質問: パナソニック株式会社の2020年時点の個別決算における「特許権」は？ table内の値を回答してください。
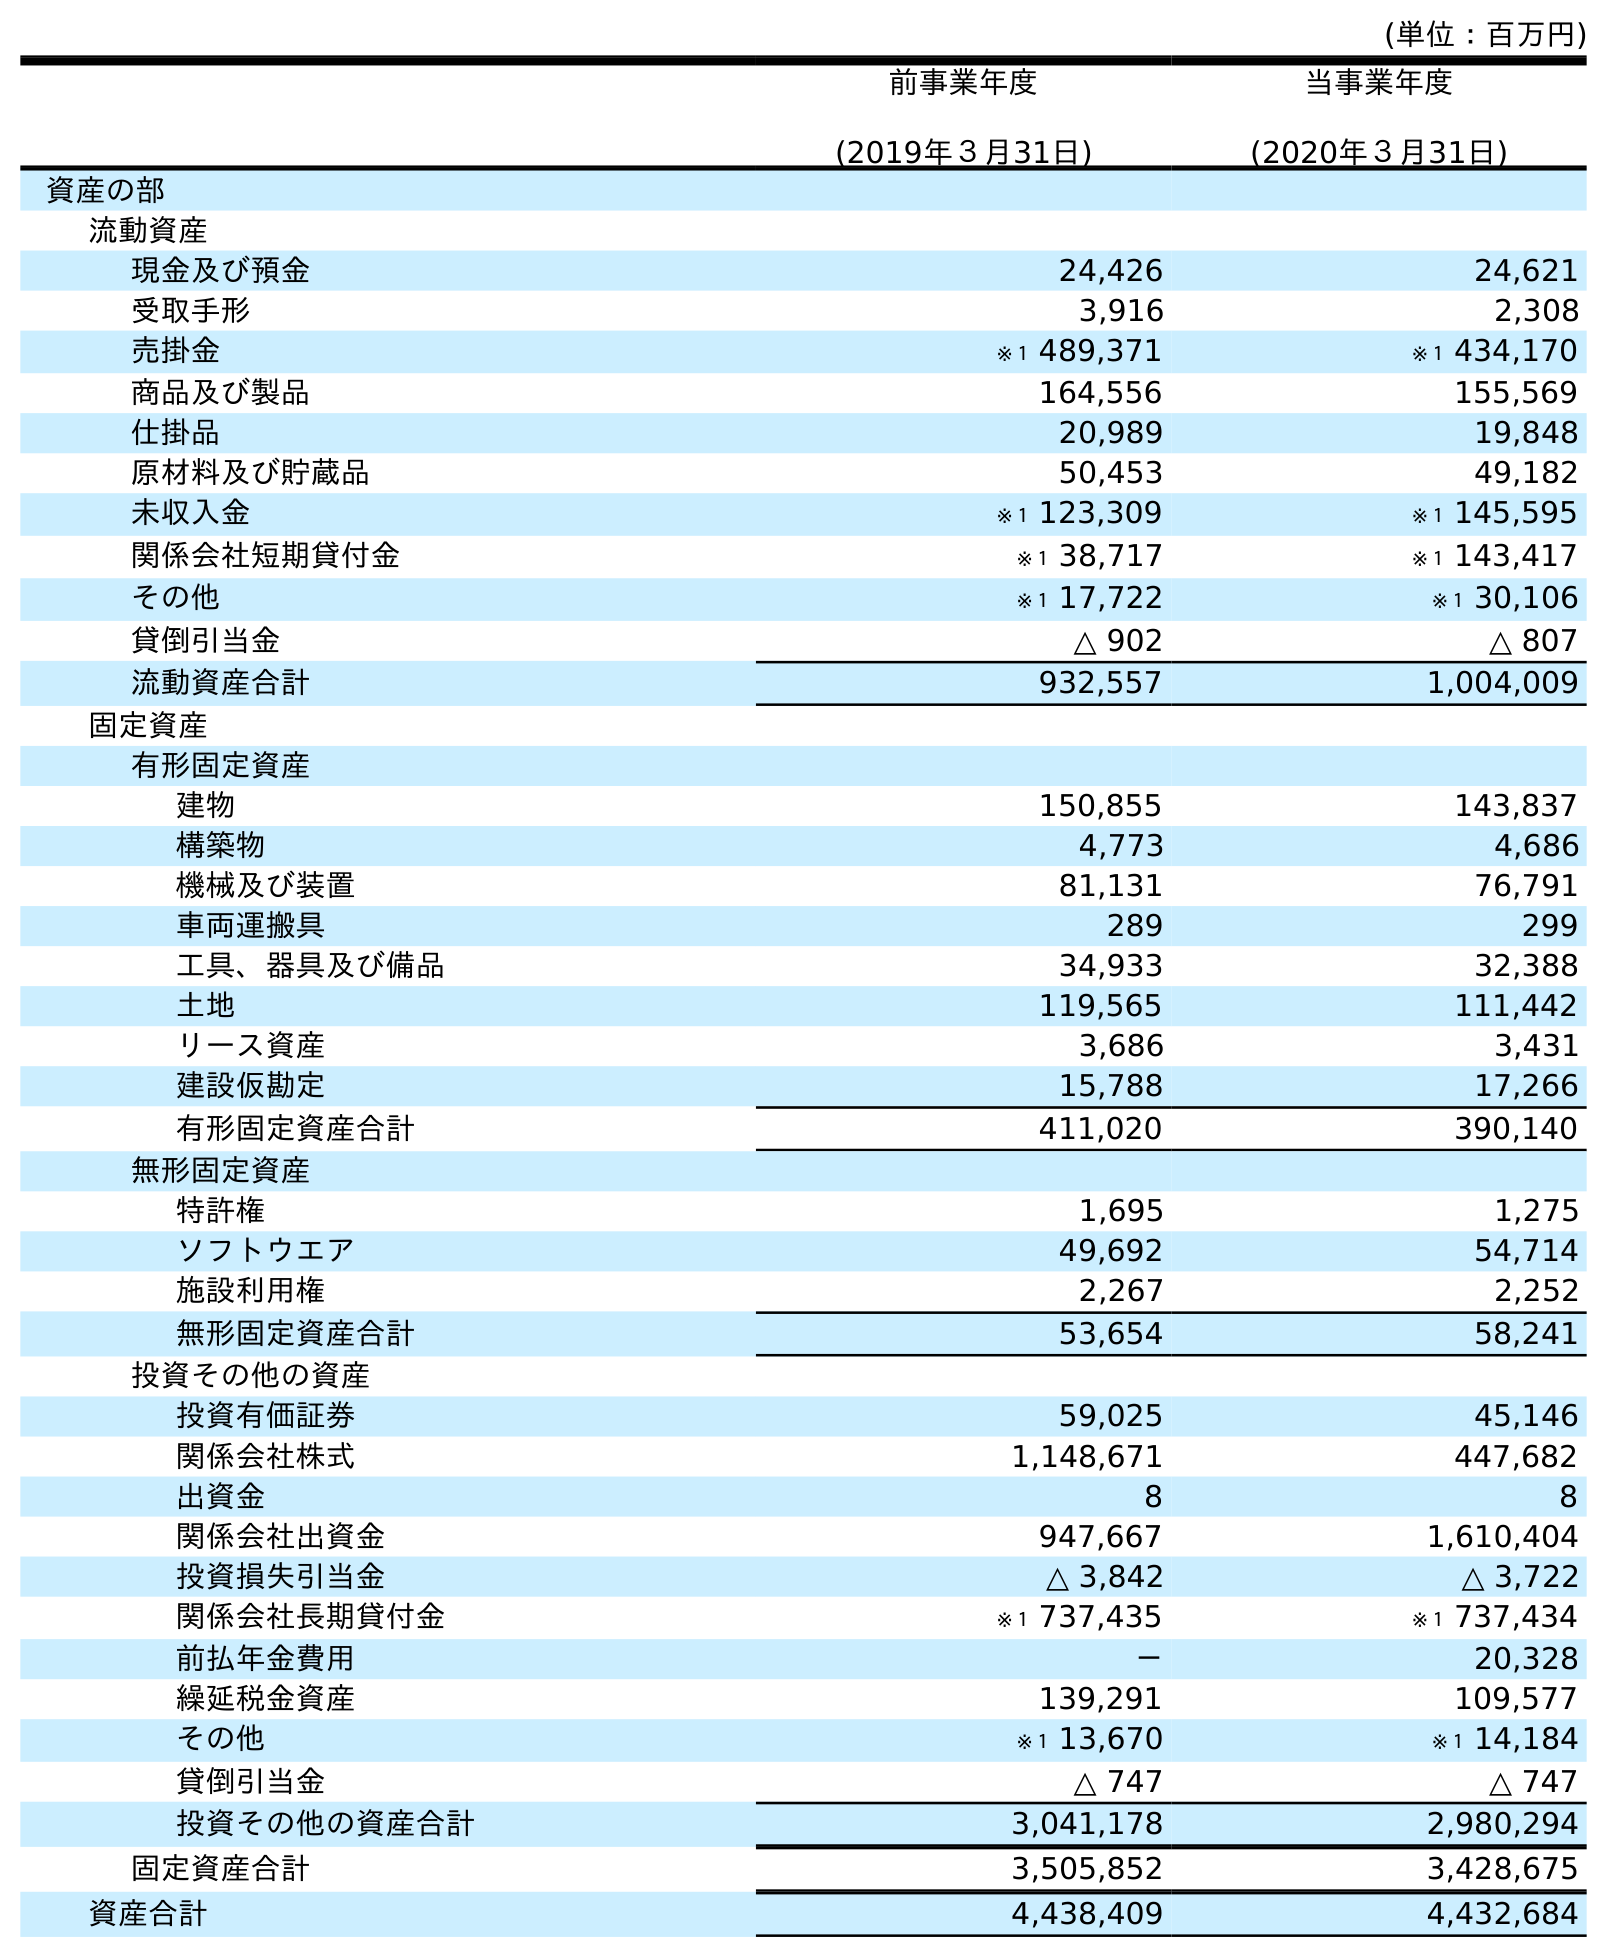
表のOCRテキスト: (単位：百万円) 前事業年度 (2019年３月31日) 当事業年度 (2020年３月31日) 資産の部 流動資産 現金及び預金 24,426 24,621 受取手形 3,916 2,308 売掛金 ※１ 489,371 ※１ 434,170 商品及び製品 164,556 155,569 仕掛品 20,989 19,848 原材料及び貯蔵品 50,453 49,182 未収入金 ※１ 123,309 ※１ 145,595 関係会社短期貸付金 ※１ 38,717 ※１ 143,417 その他 ※１ 17,722 ※１ 30,106 貸倒引当金 △ 902 △ 807 流動資産合計 932,557 1,004,009 固定資産 有形固定資産 建物 150,855 143,837 構築物 4,773 4,686 機械及び装置 81,131 76,791 車両運搬具 289 299 工具、器具及び備品 34,933 32,388 土地 119,565 111,442 リース資産 3,686 3,431 建設仮勘定 15,788 17,266 有形固定資産合計 411,020 390,140 無形固定資産 特許権 1,695 1,275 ソフトウエア 49,692 54,714 施設利用権 2,267 2,252 無形固定資産合計 53,654 58,241 投資その他の資産 投資有価証券 59,025 45,146 関係会社株式 1,148,671 447,682 出資金 8 8 関係会社出資金 947,667 1,610,404 投資損失引当金 △ 3,842 △ 3,722 関係会社長期貸付金 ※１ 737,435 ※１ 737,434 前払年金費用 － 20,328 繰延税金資産 139,291 109,577 その他 ※１ 13,670 ※１ 14,184 貸倒引当金 △ 747 △ 747 投資その他の資産合計 3,041,178 2,980,294 固定資産合計 3,505,852 3,428,675 資産合計 4,438,409 4,432,684
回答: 1,275